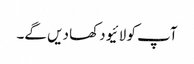
آپ کو لائیو دکھا دیں گے۔